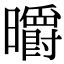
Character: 㬭